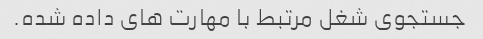
جستجوی شغل مرتبط با مهارت های داده شده.